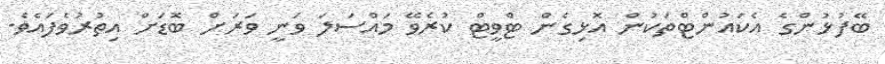
ބޭފުޅުންގެ އެކައުންޓްތަކުން އޮޅިގެން ޓްވީޓް ކުރެވޭ މައްސަލަ ވަނީ ވަރަށް ބޮޑަށް އިތުރުވެފައެވެ.